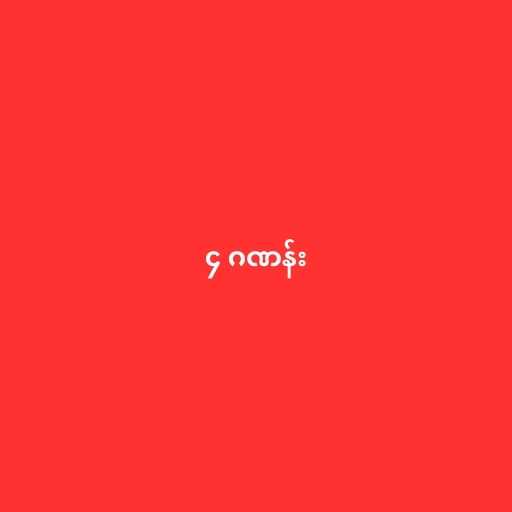
၄ ဂဏန်း